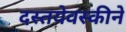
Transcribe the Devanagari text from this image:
दस्तयेवस्कीने